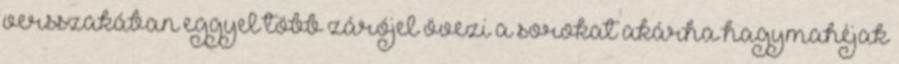
versszakában eggyel több zárójel övezi a sorokat akárha hagymahéjak